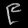
Digit: ၉